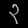
Digit: ၃